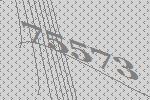
75573